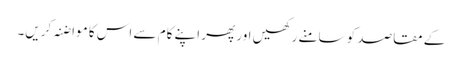
کے مقاصد کو سامنے رکھیں اور پھر اپنے کام سے اس کا مواضنہ کریں۔